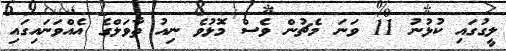
ލީގުގައި ކުޅުނު 11 ވަނަ މެޗުން ވެސް މޮޅުވެ ނިއު ތާވަލްގެ އެއްވަނައިގައި